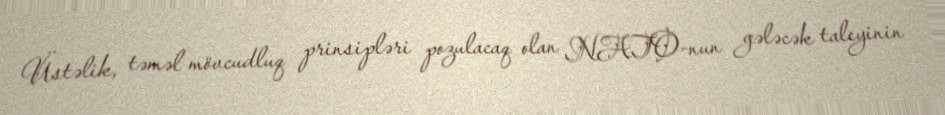
Üstəlik, təməl mövcudluq prinsipləri pozulacaq olan NATO-nun gələcək taleyinin